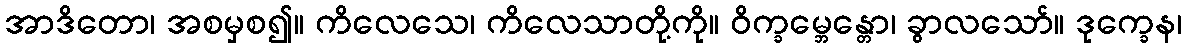
အာဒိတော၊ အစမှစ၍။ ကိလေသေ၊ ကိလေသာတို့ကို။ ဝိက္ခမ္ဘေန္တော၊ ခွာလသော်။ ဒုက္ခေန၊